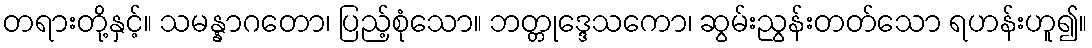
တရားတို့နှင့်။ သမန္နာဂတော၊ ပြည့်စုံသော။ ဘတ္တုဒ္ဒေသကော၊ ဆွမ်းညွန်းတတ်သော ရဟန်းဟူ၍။